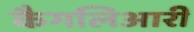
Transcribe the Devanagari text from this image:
कैगलिआरी